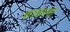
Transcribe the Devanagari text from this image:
शाहला